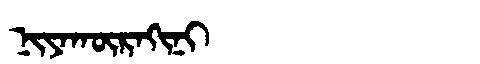
Manchu: ᠨᡳᠶᠠᡴᡡᡵᠠᡴᡳᠨᡳ
Romanization: NIYAKŪRAKINI